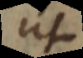
ut